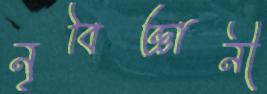
নৃবিজ্ঞানী